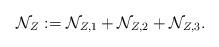
LaTeX: \begin{align*} \mathcal{N}_Z := \mathcal{N}_{Z,1} + \mathcal{N}_{Z,2} + \mathcal{N}_{Z,3}.\end{align*}